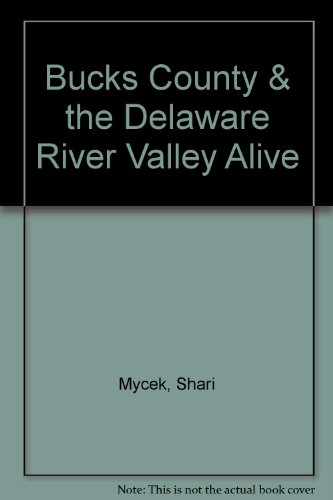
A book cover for Bucks County & the Delaware River Valley Alive; Shari Mycek; Travel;